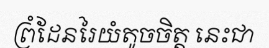
ព្រំដែនរៃយំតូចចិត្ត នេះជា